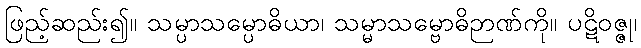
ဖြည့်ဆည်း၍။ သမ္ပာသမ္ပောဓိယာ၊ သမ္မာသမ္ဗောဓိဉာဏ်ကို။ ပဋိဝဇ္ဇု၊